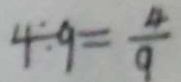
4 \div 9 = \frac { 4 } { 9 }